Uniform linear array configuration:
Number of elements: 4
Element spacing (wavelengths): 1
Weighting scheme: exponential
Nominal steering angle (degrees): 60
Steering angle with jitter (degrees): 61.994
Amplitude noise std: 0.05
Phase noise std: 0.05

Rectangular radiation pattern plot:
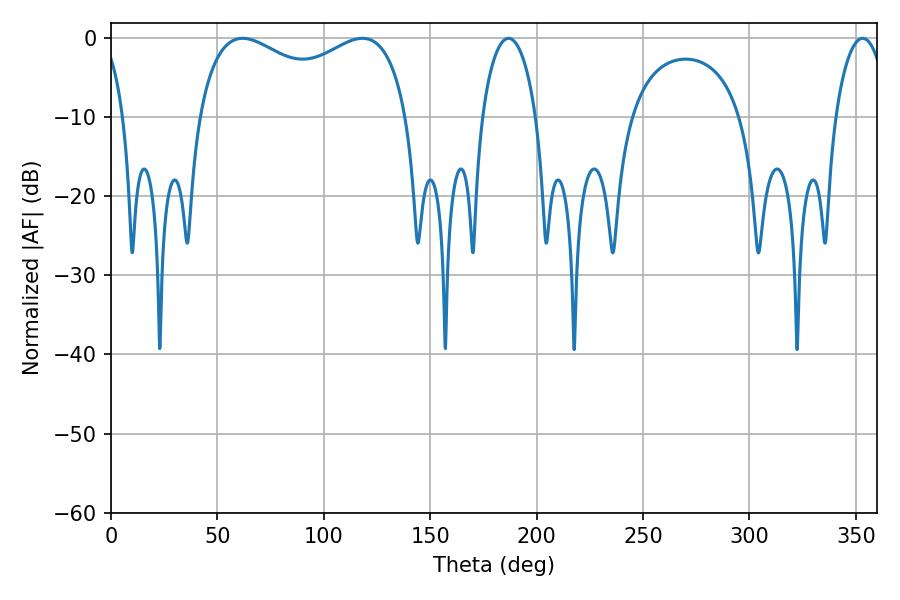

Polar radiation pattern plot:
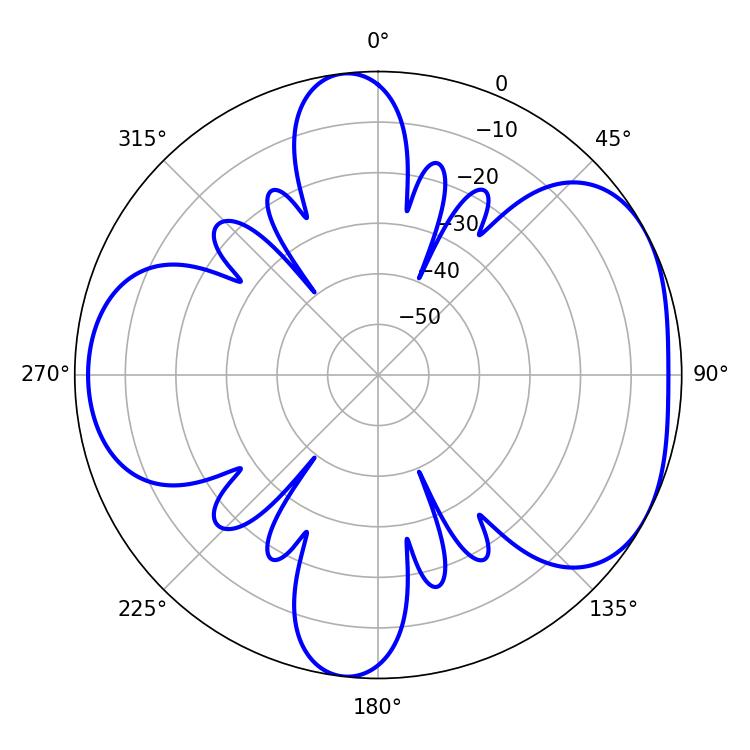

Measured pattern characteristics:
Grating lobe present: TRUE
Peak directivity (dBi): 4.805
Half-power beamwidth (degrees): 81.72
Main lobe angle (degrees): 61.92